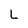
Character: L